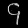
Digit: ၄